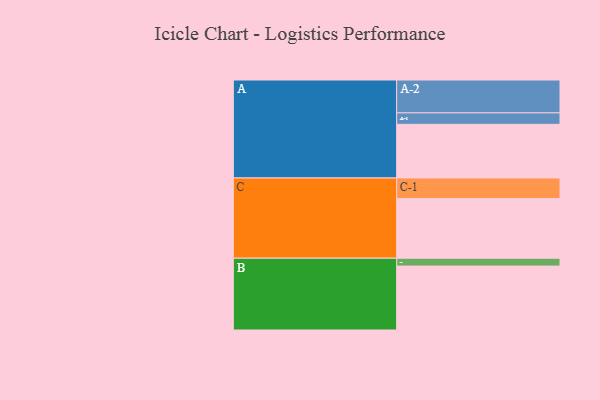
{"axis": {"x": "Segment", "y": "Value"}, "legend": ["", "A", "B", "C"], "data": [{"x": "A", "y": 477, "type": ""}, {"x": "B", "y": 568, "type": ""}, {"x": "C", "y": 530, "type": ""}, {"x": "A-1", "y": 102, "type": "A"}, {"x": "A-2", "y": 292, "type": "A"}, {"x": "B-1", "y": 70, "type": "B"}, {"x": "C-1", "y": 183, "type": "C"}]}